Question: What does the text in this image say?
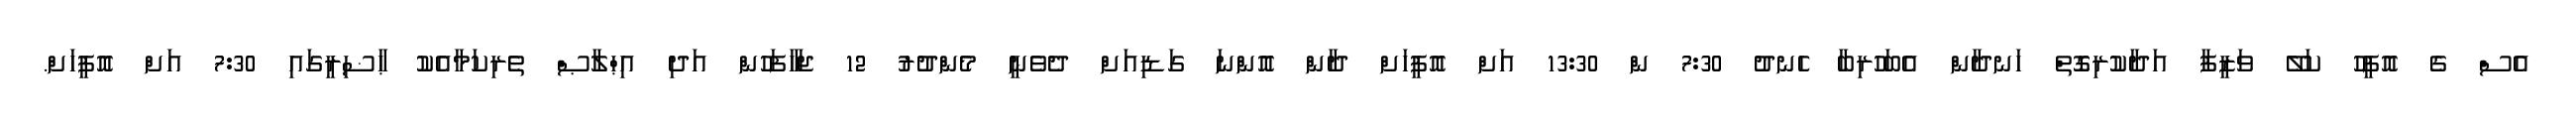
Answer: އެސް ގެ އޮފީހު ކަލޭ ވަޒީފާ އަދާކުރިގޮތް ހަނދާން އެބަހުރިބާ ހެނދު 7:30 ން 13:30 އަށް އޮފީހަށް ދާން އޮންނަ ގަޑިއަށް ދެވެނީ މެންދުރު 12 ޖަހާފަހުން އަދި އިޙްލާޞް ތެރިކަމާއެކު ޙާޟިރީގައި 7:30 އަށް އޮފީހަށް.